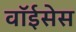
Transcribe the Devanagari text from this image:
वॉईसेस